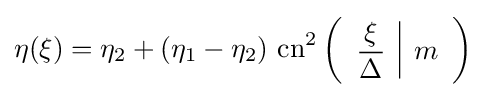
\eta (\xi )=\eta _{2}+\left(\eta _{1}-\eta _{2}\right)\,\operatorname {cn} ^{2}\left({\begin{array}{c|c}\displaystyle {\frac {\xi }{\Delta }}&m\end{array}}\right)